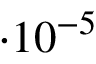
\cdot 1 0 ^ { - 5 }